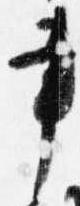
書